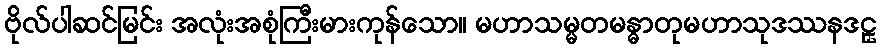
ဗိုလ်ပါဆင်မြင်း အလုံးအစုံကြီးမားကုန်သော။ မဟာသမ္မတမန္ဓာတုမဟာသုဒဿနဒဠှ